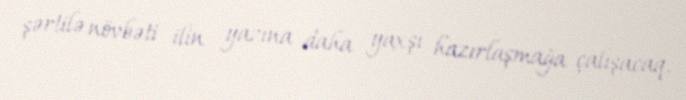
şərtilə növbəti ilin yazına daha yaxşı hazırlaşmağa çalışacaq.